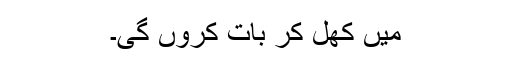
میں کھل کر بات کروں گی۔